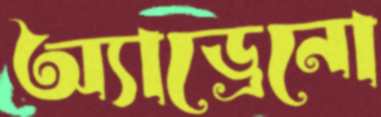
অ্যাড্রেনো